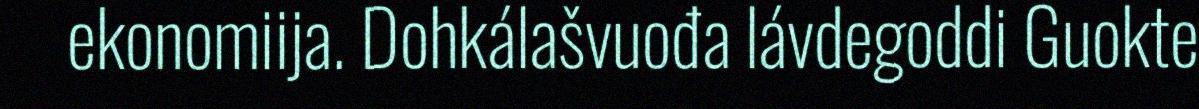
ekonomiija. Dohkálašvuođa lávdegoddi Guokte